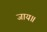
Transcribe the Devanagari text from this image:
जाय॥